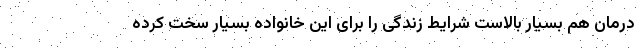
درمان هم بسیار بالاست شرایط زندگی را برای این خانواده بسیار سخت کرده